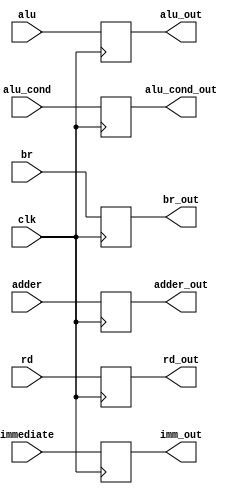
`timescale 1ns / 1ps

module ex_latch ( //may be missing some inputs
		input clk, 
		input[3:0] br,
		input [3:0] alu_cond, //comes from mem stage
		input [31:0] alu,
		input [31:0] adder,
		input [31:0] immediate,
		input [5:0] rd,
		output reg [3:0] br_out,
		output reg [3:0] alu_cond_out,
		output reg [31:0] alu_out,
		output reg [31:0] adder_out,
		output reg [31:0] imm_out,
		output reg [5:0] rd_out
		); 
	always @ (posedge clk)
	begin
		br_out <= br;
		alu_out <= alu;
		adder_out <= adder;
		imm_out <= immediate;
		rd_out <= rd;
		alu_cond_out <= alu_cond;
	end
endmodule